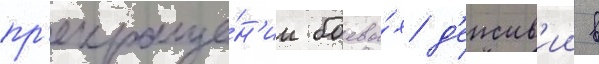
пр'екраще́н'ии боевы́х д'еиств'ии в